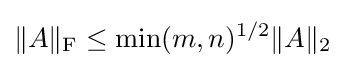
\|A\|_{\textrm {F}}\leq \min(m,n)^{1/2}\|A\|_{2}